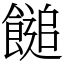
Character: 䭔